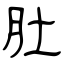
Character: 肚